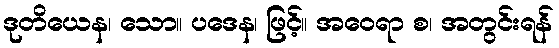
ဒုတိယေန၊ သော။ ပဒေန၊ ဖြင့်။ အဝေရာ စ၊ အတွင်းရန်